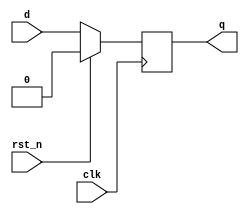
module dff_sync_rst_n
(
	input clk,
	input rst_n,
   input d,
   output reg q
);

  always @(negedge clk) 
		if (rst_n)
			q <= 0;
		else
			q <= d;
endmodule